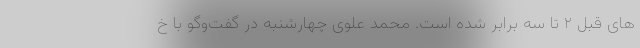
های قبل ۲ تا سه برابر شده است. محمد علوی چهارشنبه در گفت‌وگو با خ